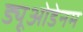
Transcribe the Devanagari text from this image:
ड्यूओडेनम